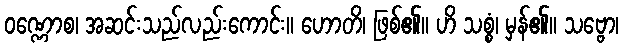
ဝဏ္ဏောစ၊ အဆင်းသည်လည်းကောင်း။ ဟောတိ၊ ဖြစ်၏။ ဟိ သစ္စံ၊ မှန်၏။ သဗ္ဗော၊